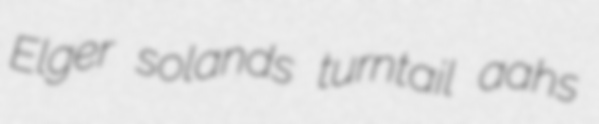
Elger solands turntail aahs